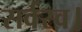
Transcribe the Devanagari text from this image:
सर्वस्व।